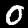
Digit: 0